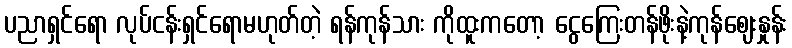
ပညာရှင်ရော လုပ်ငန်းရှင်ရောမဟုတ်တဲ့ ရန်ကုန်သား ကိုထူးကတော့ ငွေကြေးတန်ဖိုးနဲ့ကုန်ဈေးနှုန်း